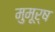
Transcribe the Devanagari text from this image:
मुमूर्ष